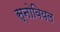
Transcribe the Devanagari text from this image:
स्नोवियल